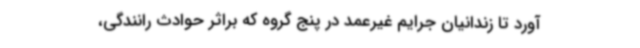
آورد تا زندانیان جرایم غیرعمد در پنج گروه که براثر حوادث رانندگی،